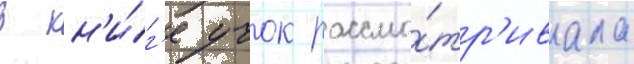
В кн'и́г'е учок рассма́тр'ивала